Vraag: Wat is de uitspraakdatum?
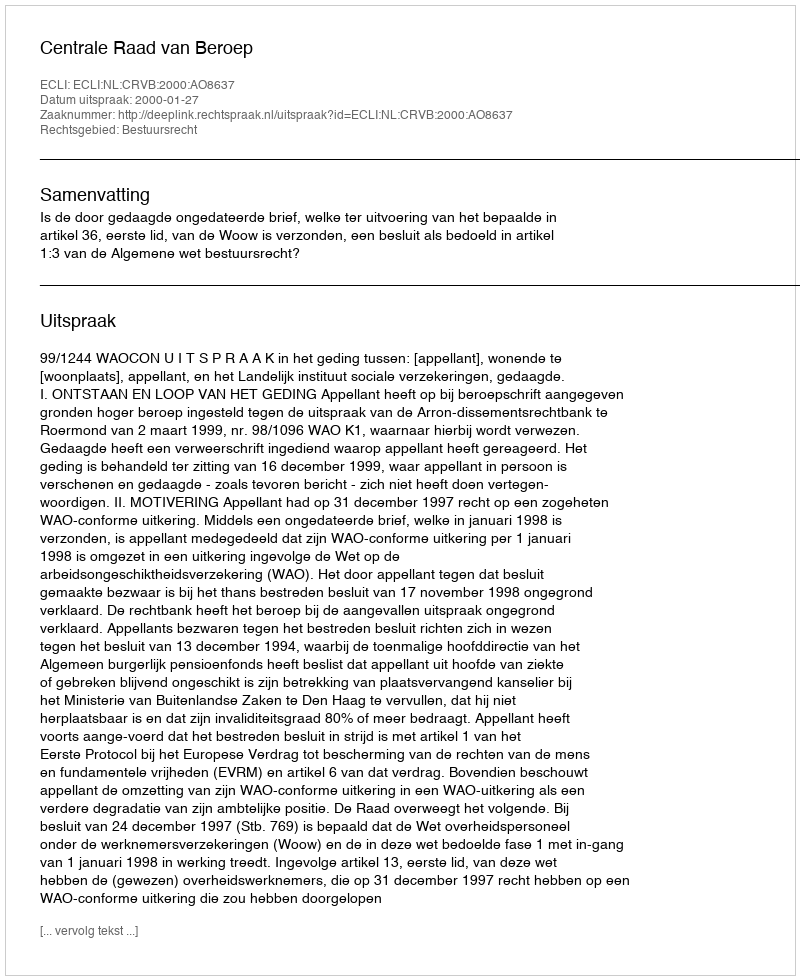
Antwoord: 2000-01-27